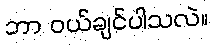
ဘာ ဝယ်ချင်ပါသလဲ။